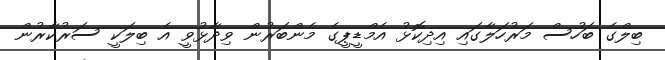
ބިލްގެ ބަހުސް މަރުހަލާގައި އިދިކޮޅު އެމްޑީޕީގެ މެންބަރުން ވިދާޅުވީ އެ ބިލަކީ ސަރުކާރުން